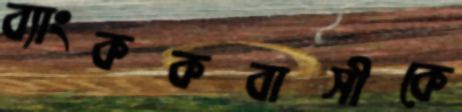
ব্যাংককবাসীকে